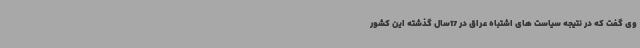
وی گفت که در نتیجه سیاست های اشتباه عراق در 17سال گذشته این کشور